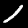
Digit: 1